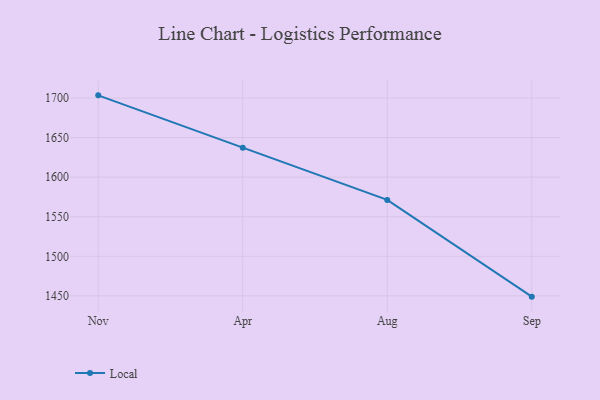
{"axis": {"x": "Month", "y": "Headcount"}, "legend": ["Local"], "data": [{"x": "Nov", "y": 1703.4, "type": "Local"}, {"x": "Apr", "y": 1637.1, "type": "Local"}, {"x": "Aug", "y": 1571.3, "type": "Local"}, {"x": "Sep", "y": 1449.0, "type": "Local"}]}